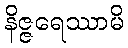
နိဇ္ဇရေဿာမိ